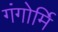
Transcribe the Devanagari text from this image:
गंगोर्मि